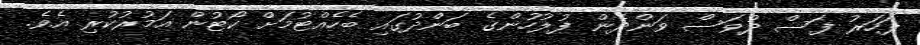
ފަހަރު ފަސް ދުވަސް ވަންދެން ފުލުހުންގެ ބަންދުގައި ބެހެއްޓުމަށް ކޯޓުން އަމުރުކުރި އެވެ.